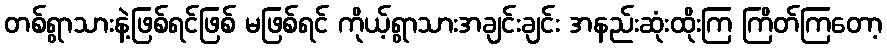
တစ်ရွာသားနဲ့ဖြစ်ရင်ဖြစ် မဖြစ်ရင် ကိုယ့်ရွာသားအချင်းချင်း အနည်းဆုံးထိုးကြ ကြိတ်ကြတော့